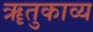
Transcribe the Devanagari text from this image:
ॠतुकाव्य